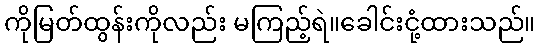
ကိုမြတ်ထွန်းကိုလည်း မကြည့်ရဲ။ခေါင်းငုံ့ထားသည်။